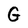
Character: G